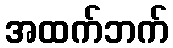
အထက်ဘက်